Annual administration report of the Civil Veterinary Department of India - 1898-1899
Year: 1898
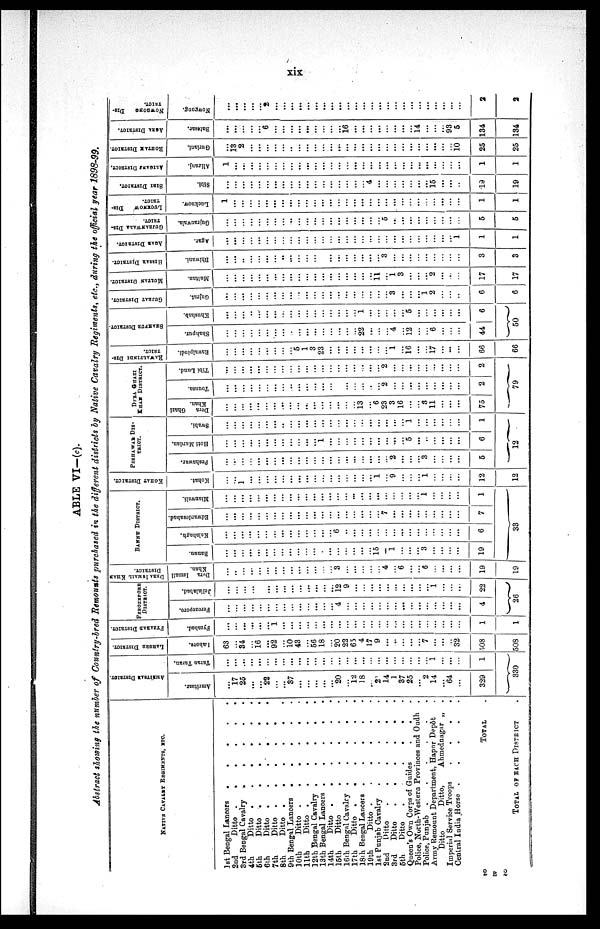
xix
TABLE VI— (c).
Abstract showing the number of Country-bred Remounts purchased in the different districts by Native Cavalry Regiments, etc., during the official year 1898-99.
NATIVE CAVALRY REGIMENTS, ETC.
1st Bengal Lancers
.
.
.
.
.
2nd
Ditto
.
.
.
.
.
3rd Bengal Cavalry . . . . .
4th
Ditto
.
.
.
.
.
5th
Ditto
.
.
.
.
.
6th
Ditto
.
.
.
.
.
7th
Ditto
.
.
.
.
.
8th
Ditto
.
.
.
.
.
9th Bengal Lancers
.
.
.
.
.
10th
Ditto
.
.
.
.
.
11th
Ditto
.
.
.
.
.
12th Bengal Cavalry
.
.
.
.
.
13th Bengal Lancers
.
.
.
.
.
14th
Ditto
.
.
.
.
.
15th
Ditto
.
.
.
.
.
16th Bengal Cavalry
.
.
.
.
.
17th
Ditto
.
.
.
.
.
18th Bengal Lancers . . . . .
19th
Ditto
.
.
.
.
.
1st Punjab Cavalry . . . . .
2nd
Ditto
.
.
.
.
.
3rd
Ditto
.
.
.
.
.
6th
Ditto . . . . .
Queen's Own Corps of Guides . . .
Police, North-Western Provinces and Oudh .
Police, Punjab
.
.
.
.
.
Army Remount Department, Hapur Depôt .
Ditto
Ditto,
Ahmednagar „ .
Imperial Service Troops . . . . .
Central India Horse . . . . .
TOTAL . . . . .
TOTAL OF EACH DISTRICT .
AMRITSAR DISTRICT.
Amritsar.
...
17
25
...
...
22
...
...
37
...
...
...
...
...
20
...
12
18
...
2
14
1
37
25
...
2
14
...
64
...
329
Taran Taran.
...
...
...
...
...
...
...
...
...
...
...
...
...
...
...
...
...
...
...
...
...
...
...
...
...
...
1
...
...
...
1
330
LAHORE DISTRICT.
Lahore.
63
...
34
...
16
...
92
...
10
43
...
56
18
...
20
22
65
4
17
9
...
...
...
...
...
7
...
...
...
32
.508
508
FYZABAD DISTRICT.
Fyzabad.
...
...
...
...
...
...
1
...
...
...
...
...
...
...
...
...
...
...
...
...
...
...
...
...
...
...
...
...
...
...
1
1
FEROZEPORE
DISTRICT.
Ferozepore.
...
...
...
...
...
...
...
...
...
...
...
...
...
...
4
...
...
...
...
...
...
...
...
...
...
...
...
...
...
...
4
Jellalabad.
...
...
...
...
...
...
...
...
...
...
...
...
...
...
12
9
...
...
...
...
...
...
...
...
...
...
1
...
...
...
22
26
DERA ISMAIL KHAN
DISTRICT.
Dera
Ismail
Khan.
...
..
...
...
...
...
...
...
...
...
...
...
...
...
3
...
...
...
...
...
4
...
6
...
...
6
...
...
...
...
19
19
BANNU DISTRICT.
Banuu.
...
...
...
...
...
...
...
...
...
...
...
...
...
...
...
...
...
...
...
15
...
1
...
...
...
3
...
...
...
...
19
Kalabagh.
...
...
...
...
...
...
...
...
...
...
...
...
...
...
6
. .
...
...
...
...
...
...
...
...
...
...
...
...
6
Edwardesabad.
...
...
...
...
...
...
...
...
...
...
...
...
...
...
......
...
7
...
...
...
...
...
...
...
...
...
7
Mianwali.
...
...
...
...
...
...
...
...
...
...
...
...
...
...
...
...
...
...
...
...
...
...
...
...
1
...
...
...
...
1
33
KOHAT DISTRICT.
Kohat.
...
...
1
...
...
...
...
...
...
...
...
...
...
...
...
...
...
...
...
1
...
9
...
...
...
1
...
...
...
...
12
12
PESHAWAR DIS¬
TRICT.
Peshawar.
...
...
...
...
...
...
...
...
...
...
...
...
...
...
...
...
...
...
...
...
...
2
...
...
...
3
...
...
...
...
5
Hoti Mardan.
...
...
...
...
...
...
...
...
...
...
...
...
1
...
...
...
...
...
...
...
...
...
...
5
...
..
...
...
...
...
6
Swabi.
...
...
...
...
...
...
..
...
...
...
...
...
...
...
...
...
...
...
...
...
1
...
...
...
...
...
1
12
DERA GHAZI
KHAN
DISTRICT.
Dera
Ghazi
Khan.
...
...
...
...
...
...
...
...
...
...
...
...
...
...
...
...
13
...
6
23
3
16
...
3
11
...
...
...
75
Tounsa.
...
...
...
...
...
...
...
...
...
...
...
...
...
...
...
...
...
...
..
...
2
...
...
...
...
...
...
...
...
...
2
Tibi Lund.
...
...
...
...
...
...
...
...
...
...
...
...
...
...
...
...
...
...
...
...
2
...
...
...
...
...
...
...
...
...
2
79
RAWALPINDI DIS-
TRICT.
Rawalpindi.
...
...
...
...
...
...
...
...
...
5
1
3
23
...
...
...
...
...
...
...
...
1
...
16
...
...
17
...
...
...
66
66
SHAHPUR DISTRICT.
Shahpur.
...
...
...
...
...
...
...
...
...
...
...
...
...
...
...
...
...
22
...
...
...
4
...
12
...
...
6
...
...
...
44
Khushab.
...
...
...
..
...
...
...
...
...
...
...
...
...
...
...
...
...
1
...
...
...
...
5
...
...
...
...
...
6
50
GUJRAT DISTRICT.
Gujrat.
...
...
...
...
...
...
...
...
...
...
...
...
...
...
...
...
...
...
...
...
...
3
...
...
...
1
2
...
...
...
6
6
MULTAN DISTRICT.
Multan.
...
...
...
...
...
...
...
...
...
...
...
...
...
...
...
...
...
...
...
11
...
1
3
...
...
...
2
...
...
...
17
17
HISSAR DISTRICT.
Bhiwani.
...
...
..
...
...
...
...
..
...
...
...
...
...
...
...
...
...
...
...
...
3
...
...
...
...
...
...
...
...
...
3
3
AGAR DISTRICT.
Agar.
...
...
...
...
...
...
...
...
...
...
...
...
...
...
...
...
...
...
...
...
...
...
...
...
...
...
...
...
...
1
1
1
GUJRANWALA DIS¬
TRICT.
Gujranwala.
...
...
...
...
...
...
...
...
..
...
...
...
...
...
...
...
...
...
...
...
5
...
...
...
...
...
...
...
...
...
5
5
LUCKNOW
DIS-
TRICT.
Lucknow.
1
...
...
...
...
...
...
...
...
...
...
...
...
...
...
...
...
...
...
...
...
...
...
...
...
...
...
...
...
...
1
1
SIBI DISTRICT.
Sibi.
...
...
...
...
...
...
...
...
...
...
...
...
...
...
...
...
...
...
4
...
...
...
...
...
...
...
15
...
...
...
19
19
ALIGANJ DISTRICT.
Aliganj.
1
...
...
...
...
...
...
...
...
...
...
...
...
...
...
...
...
...
...
...
...
...
...
...
...
...
...
...
...
...
1
1
ROHTAK DISTRICT.
Guriani.
...
13
2
...
...
...
...
...
...
...
...
...
...
...
...
...
...
...
...
...
...
...
...
...
...
...
...
...
...
10
25
25
AGRA DISTRICT.
Batesar.
...
...
...
...
...
6
...
...
...
...
...
...
...
...
...
16
...
...
...
...
...
...
...
14
...
...
...
93
5
134
134
NOWGONG
DIS-
TRICT.
Nowgong.
...
...
...
...
...
2
...
...
...
...
...
...
...
...
...
...
...
...
...
...
...
...
...
...
...
...
...
...
...
...
2
2
2 E 2